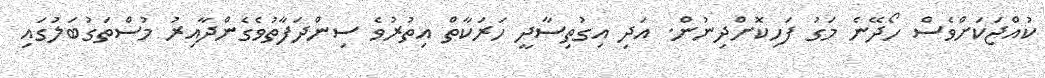
ކުއްޖަކަށްވެސް ހޯދޭނެ މަގު ފަހިކޮށްދިނުން. އަދި އިގުތިސާދީ ހަރަކާތް އިތުރުވެ ސިންދަފާތުވެގެންދާއިރު މުސްތަގުބަލުގައި